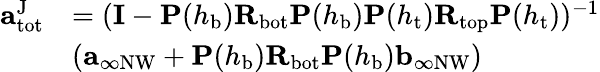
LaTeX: \begin{array}{rl}{\mathbf{a}_{\mathrm{tot}}^{\mathrm{J}}}&{=(\mathbf{I}-\mathbf{P}(h_{\mathrm{b}})\mathbf{R}_{\mathrm{bot}}\mathbf{P}(h_{\mathrm{b}})\mathbf{P}(h_{\mathrm{t}})\mathbf{R}_{\mathrm{top}}\mathbf{P}(h_{\mathrm{t}}))^{-1}}\\ &{(\mathbf{a}_{\infty\mathrm{NW}}+\mathbf{P}(h_{\mathrm{b}})\mathbf{R}_{\mathrm{bot}}\mathbf{P}(h_{\mathrm{b}})\mathbf{b}_{\infty\mathrm{NW}})}\end{array}